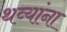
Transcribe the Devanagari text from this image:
थव्यांना